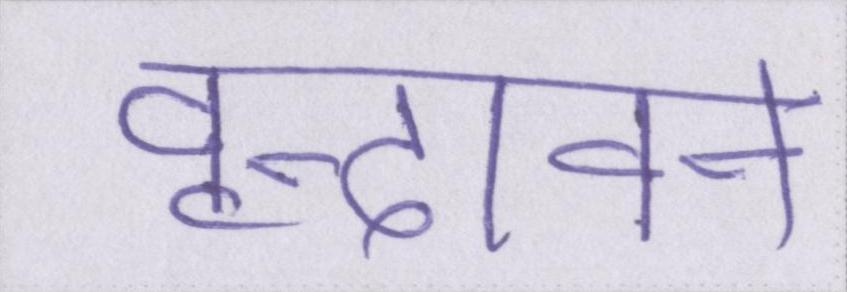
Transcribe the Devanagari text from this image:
वृन्दावन